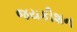
જયકીશન